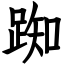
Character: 踟